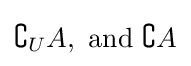
\complement _{U}A,{\text{ and }}\complement A